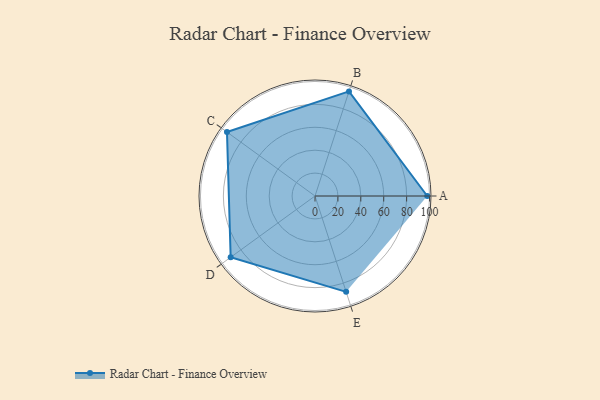
{"axis": {"x": "Skill", "y": "Score"}, "legend": ["Profile"], "data": [{"x": "A", "y": 98.0, "type": "Profile"}, {"x": "B", "y": 96.0, "type": "Profile"}, {"x": "C", "y": 95.0, "type": "Profile"}, {"x": "D", "y": 91.0, "type": "Profile"}, {"x": "E", "y": 88.0, "type": "Profile"}]}